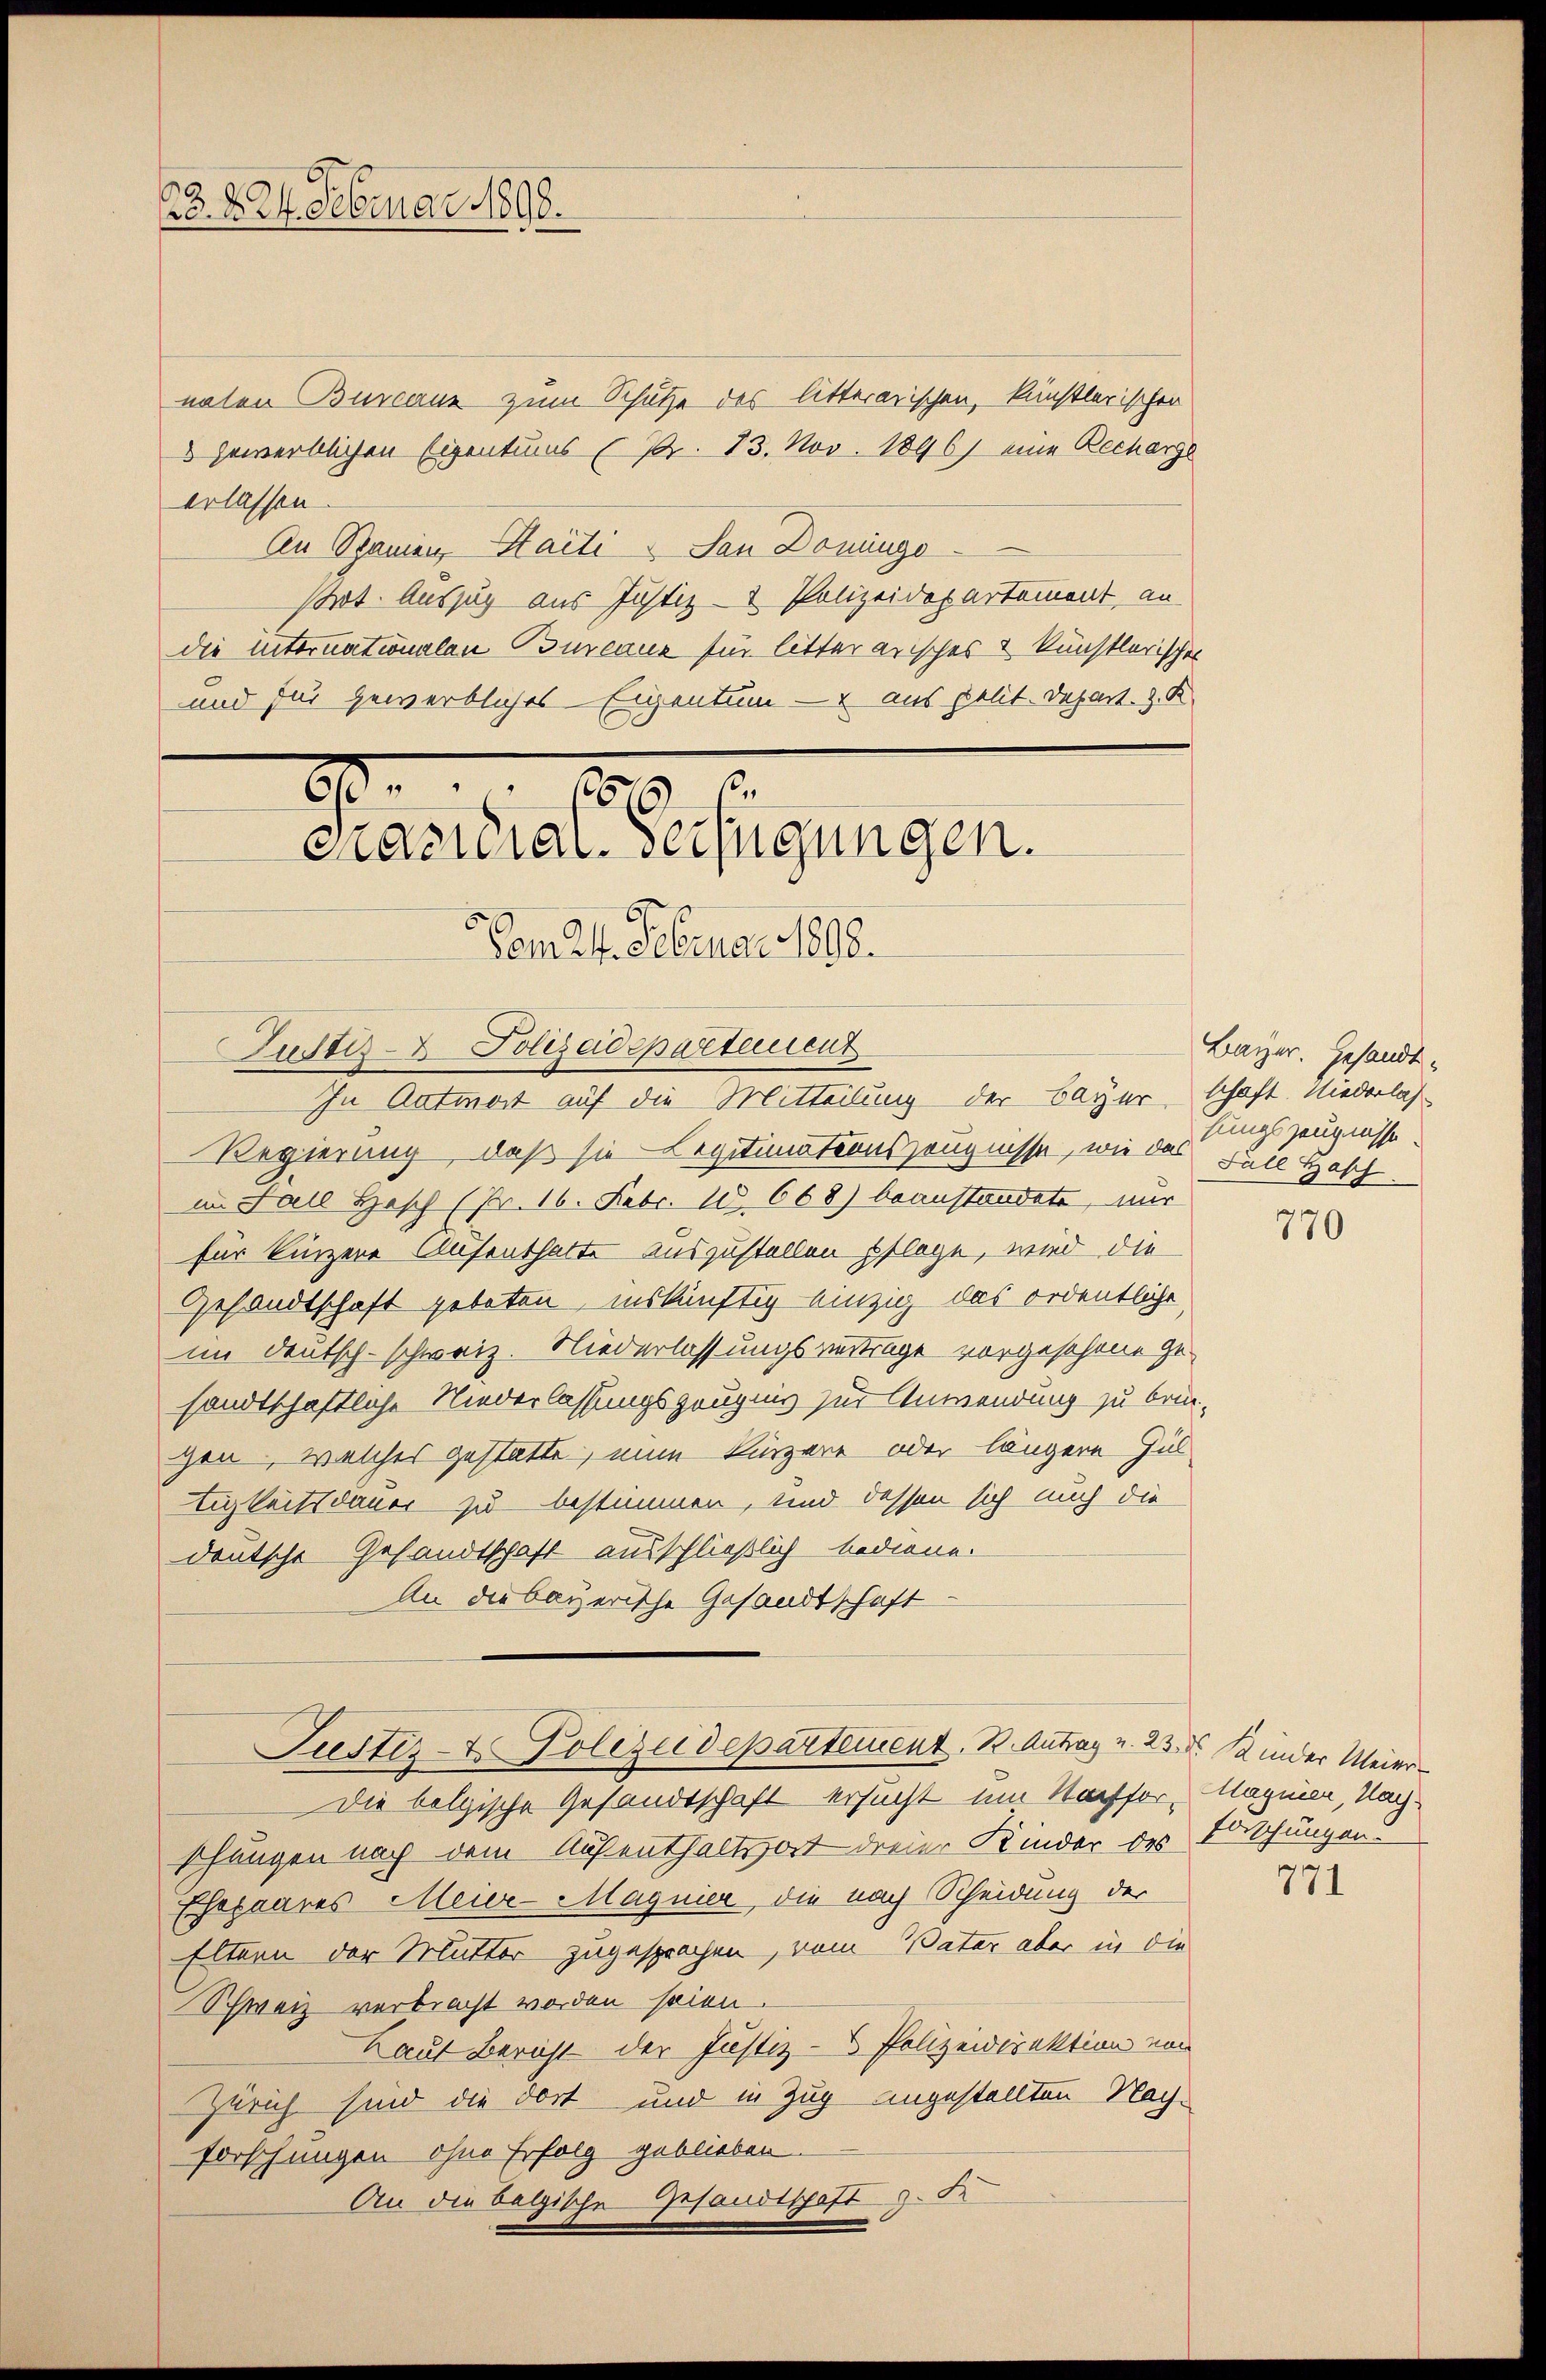
13. 224. Februar 1898.

naten Bureau zum Schutze des litterarischen, künstlerischen
 gewerblichen Eigentums (Pr. 13. Nov. 1896) eine Recharge
erlassen.
An Spanien, Haiti - San Doninge
Pot. Auszug aus Justiz- & Polizeidepartement, an
die internationalen Bureaux für litterarisches & künstlerischer
und für gewerbliches Eigentum — aus polit. Depart. 3. K

2
653
cnacidial-Verfügungen.
Vom 24. Februar 1808.
Zuster Polizeidepartement
In Antwort auf die Mitteilung der Bayer, schaft. Niederlas

Regierung, daß sie Legitimationszeugnisse, wie das Fall Hasch.
im Fall Hasch (Pr. 16. Febr. 18. 668) beanstandete, nur
für kürzere Aufenthalte auszustellen pflege, wird die
Gesandtschaft geboten, inskünftig einzig das ordentliche
im Deutsch-schweiz. Niederlassungsvertrage vorgeschene Ge-
sandtschaftliche Niederlassungszeugnis zur Anwendung zu brin-
gen, welches gestatte, ein kürzere oder längere Zul
tigkeitsdauer zu bestimmen, und dessen sich auch die
deutsche Gesandtschaft ausschließlich bediene.
An die bayerische Gesandtschaft
Justiz- & Polizeidepartement, R. Antrag u. 23. d. Kinder Meier-
Die bolgische Gesandtschaft ersucht um Kaffer, Marien, Nach-
schungen nach dem Aufenthaltsort dreier Kinder des
Ehepaares Meier-Magnier, die nach Scheidung der
Eltern der Mutter zugesprochen, vom Vater aber in die
Schweiz verbracht worden seien.
Laut Bericht der Justiz- & Polizeidirektion von
Zürich sind die dort und in Zug angestellten Nach-
forschungen ohne Erfolg geblieben.
An die betische Gesandtschaft z. F

Bayer. Gesandt-
hungszeugnisse.

770

Forschungen.

771